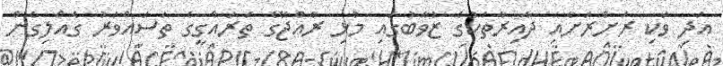
އަދި ވަކި ރަށްރަށާއި ދާއިރާތަކުގެ ޒުވާބުގައި މުޅި ރާއްޖޭގެ ތަރައްގީގެ ތަސައްވަރު ގެއްލިގެން